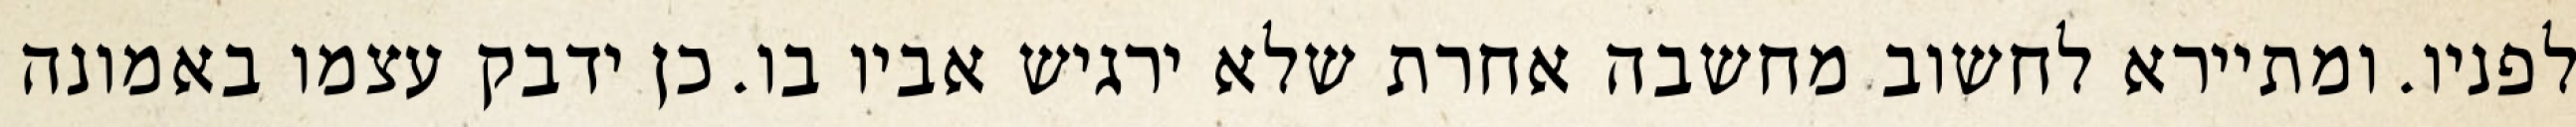
לפניו. ומתיירא לחשוב מחשבה אחרת שלא ירגיש אביו בו. כן ידבק עצמו באמונה